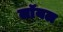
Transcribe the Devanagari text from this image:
लाॅयल